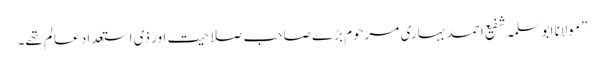
”مولانا ابوسلمہ شفیع احمد بہاری مرحوم بڑے صاحبِ صلاحیت اور ذی استعداد عالم تھے۔